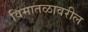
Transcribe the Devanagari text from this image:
विमातळावरील